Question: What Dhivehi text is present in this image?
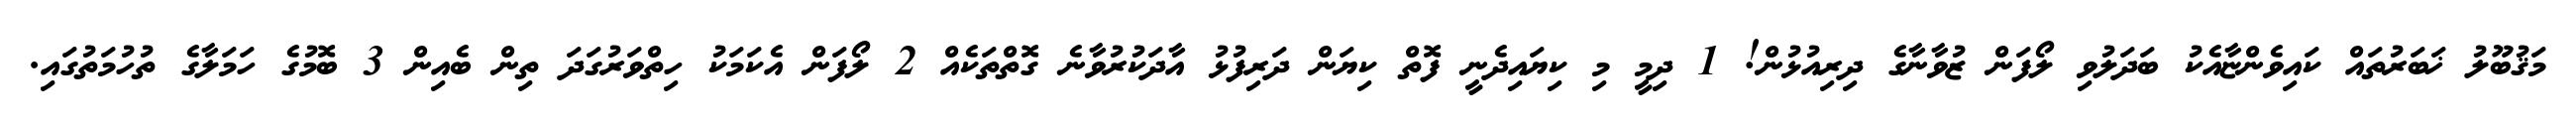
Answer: މަޤުބޫލު ޚަބަރުތައް ކައިވެންޏާއެކު ބަދަލުވި ލޯފަން ޒުވާނާގެ ދިރިއުޅުން! 1 ދިމީ މި ކިޔައިދެނީ ފޮތް ކިޔަން ދަރިފުޅު އާދަކުރުވާނެ ގޮތްތަކެއް 2 ލޯފަން އެކަމަކު ހިތްވަރުގަދަ ތިން ބެއިން 3 ބޮމުގެ ހަމަލާގެ ތުހުމަތުގައި.